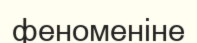
феноменіне